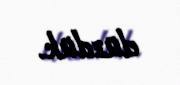
düzdük.